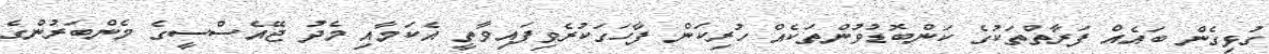
ގުޅިގެން ބައެއް ފަރާތްތަކުގެ ކަންބޮޑުވުންތަކެއް ހުރިކަން ފާހަގަކުރެވިފައިވާތީ އެކަމާއި މެދު ޖޭއެސްސީގެ މެންބަރުންގެ